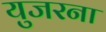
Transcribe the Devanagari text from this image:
युजरना